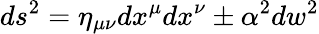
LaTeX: ds^{2}=\eta_{\mu\nu}dx^{\mu}dx^{\nu}\pm\alpha^{2}dw^{2}